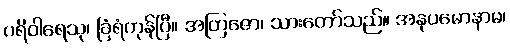
ပရိဝါရေသု၊ ခြံရံကုန်ပြီ။ အတြဇော၊ သားတော်သည်။ အနုပမောနာမ၊